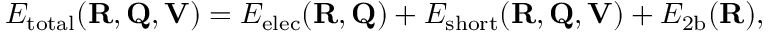
E _ { \mathrm { t o t a l } } ( \mathbf { R } , \mathbf { Q } , \mathbf { V } ) = E _ { \mathrm { e l e c } } ( \mathbf { R } , \mathbf { Q } ) + E _ { \mathrm { s h o r t } } ( \mathbf { R } , \mathbf { Q } , \mathbf { V } ) + E _ { \mathrm { 2 b } } ( \mathbf { R } ) ,